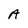
Character: A